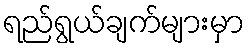
ရည်ရွယ်ချက်များမှာ